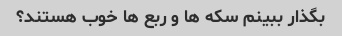
بگذار ببینم سکه ها و ربع ها خوب هستند؟